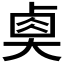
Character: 𡙉